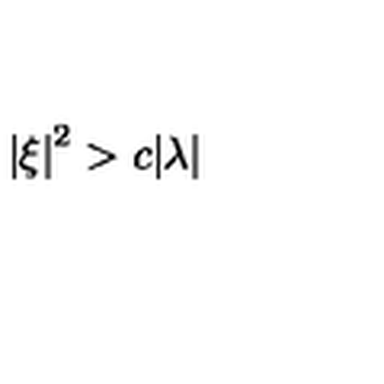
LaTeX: \left| \xi \right| ^ { 2 } > c | \lambda |